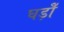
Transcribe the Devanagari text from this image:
घड़ोँ